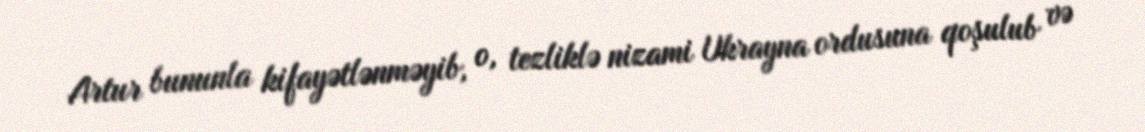
Artur bununla kifayətlənməyib, o, tezliklə nizami Ukrayna ordusuna qoşulub və